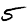
Digit: 5